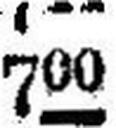
700